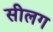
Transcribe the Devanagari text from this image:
सीलग